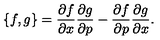
\{ f , g \} = \frac { \partial f } { \partial x } \frac { \partial g } { \partial p } - \frac { \partial f } { \partial p } \frac { \partial g } { \partial x } .